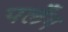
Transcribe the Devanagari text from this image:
पलँग